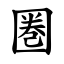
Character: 圏